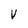
Character: V